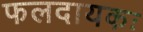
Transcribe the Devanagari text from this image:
फलदायकः